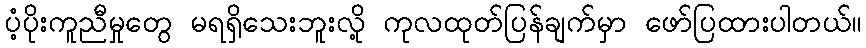
ပံ့ပိုးကူညီမှုတွေ မရရှိသေးဘူးလို့ ကုလထုတ်ပြန်ချက်မှာ ဖော်ပြထားပါတယ်။